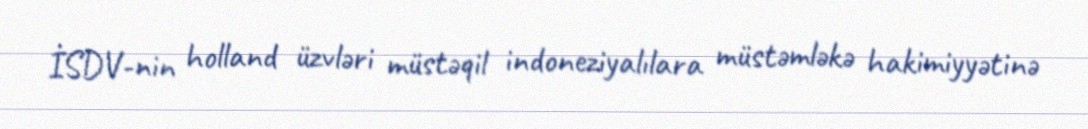
İSDV-nin holland üzvləri müstəqil indoneziyalılara müstəmləkə hakimiyyətinə